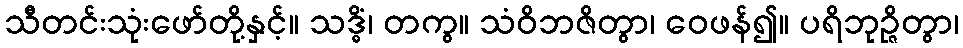
သီတင်းသုံးဖော်တို့နှင့်။ သဒ္ဓိံ၊ တကွ။ သံဝိဘဇိတွာ၊ ဝေဖန်၍။ ပရိဘုဉ္ဇိတွာ၊